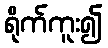
ရိုက်ကူး၍